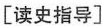
[读史指导]